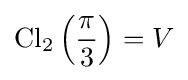
\operatorname {Cl} _{2}\left({\frac {\pi }{3}}\right)=V